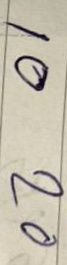
10 20